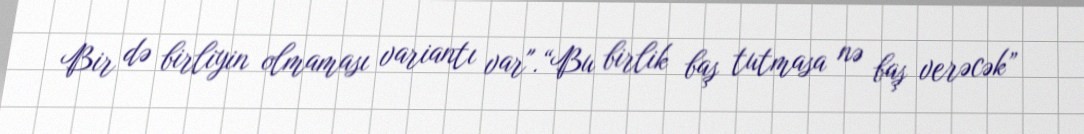
Bir də birliyin olmaması variantı var".“Bu birlik baş tutmasa nə baş verəcək”